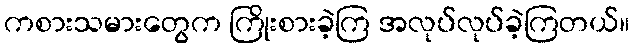
ကစားသမားတွေက ကြိုးစားခဲ့ကြ အလုပ်လုပ်ခဲ့ကြတယ်။